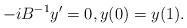
\begin{align*} -iB^{-1}y'=0, y(0)=y(1).\end{align*}